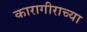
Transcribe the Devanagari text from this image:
कारागीराच्या